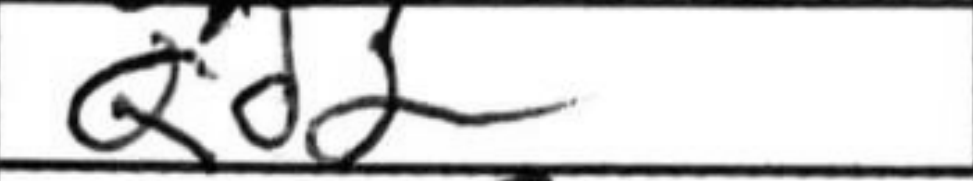
Transcription: Qd2